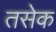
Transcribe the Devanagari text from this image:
तसेक